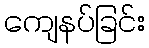
ကျေနပ်ခြင်း